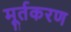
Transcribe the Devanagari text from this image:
मूर्तकरण